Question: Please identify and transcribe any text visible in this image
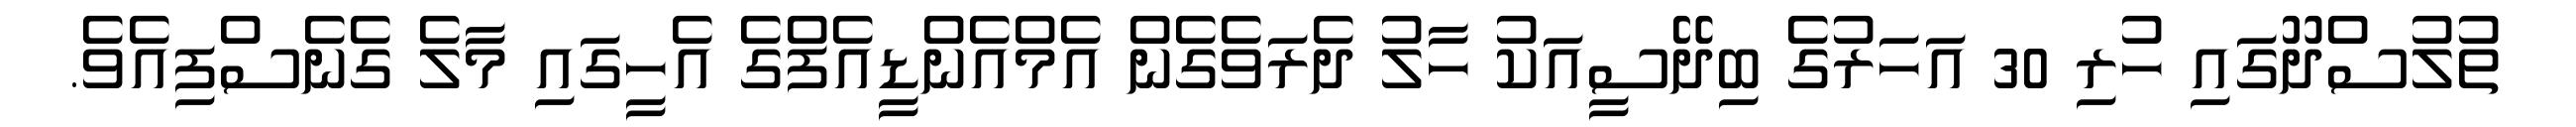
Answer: ތުލުސްދޫގައި ހުރި 30 އަހަރުގެ ބިދޭސީއަކު ހާލު ދެރަވެގެން އެމްއެންޑީއެފްގެ އެހީގައި މާލެ ގެނެސްފިއެވެ.